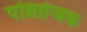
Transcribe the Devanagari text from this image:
पर्व्राािजक